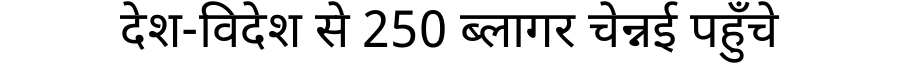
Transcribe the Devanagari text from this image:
देश-विदेश से 250 ब्लागर चेन्नई पहुँचे